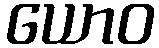
ယောဝ